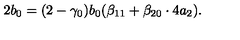
2 b _ { 0 } = ( 2 - \gamma _ { 0 } ) b _ { 0 } ( \beta _ { 1 1 } + \beta _ { 2 0 } \cdot 4 a _ { 2 } ) .